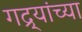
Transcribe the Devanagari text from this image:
गद्र्‍यांच्या